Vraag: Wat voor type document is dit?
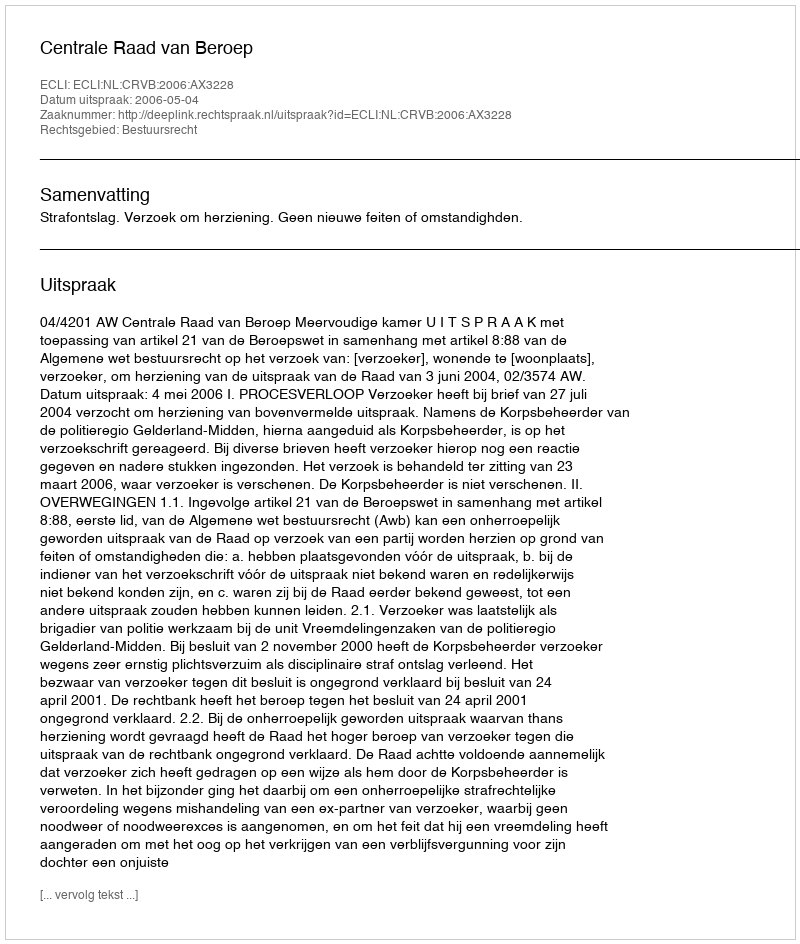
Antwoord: Uitspraak